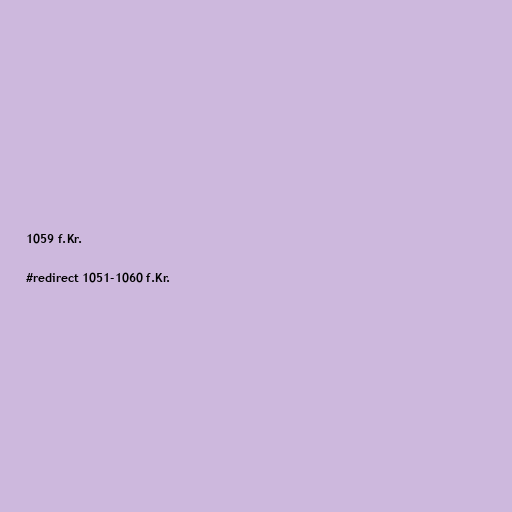
1059 f.Kr.

#redirect 1051-1060 f.Kr.